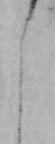
よ